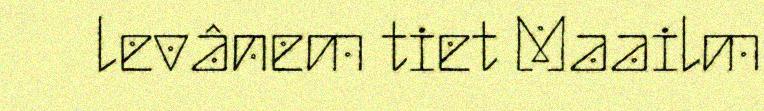
levânem tiet Maailm